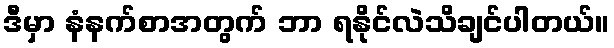
ဒီမှာ နံနက်စာအတွက် ဘာ ရနိုင်လဲသိချင်ပါတယ်။